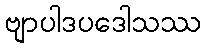
ဗျာပါဒပဒေါသဿ